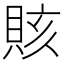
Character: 賅